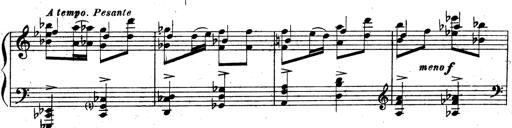
Title: 3 Sonatinas for Piano
Composer: Vissarion Shebalin